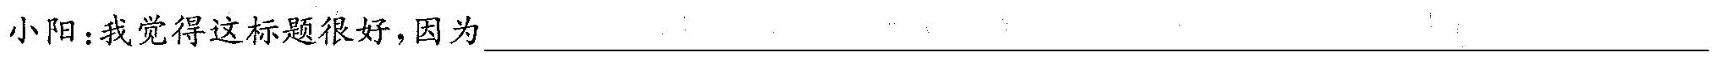
小阳:我觉得这标题很好，因为___